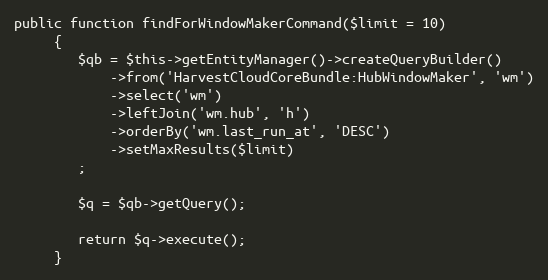
Language: PHP
public function findForWindowMakerCommand($limit = 10)
     {
        $qb = $this->getEntityManager()->createQueryBuilder()
            ->from('HarvestCloudCoreBundle:HubWindowMaker', 'wm')
            ->select('wm')
            ->leftJoin('wm.hub', 'h')
            ->orderBy('wm.last_run_at', 'DESC')
            ->setMaxResults($limit)
        ;

        $q = $qb->getQuery();

        return $q->execute();
     }